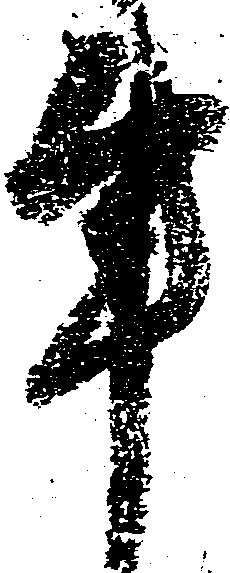
事